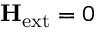
\mathbf { H } _ { \mathrm { e x t } } = 0